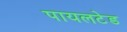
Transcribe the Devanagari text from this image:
पायलटेड